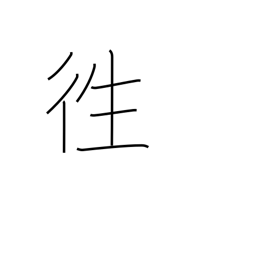
Meaning: chase away